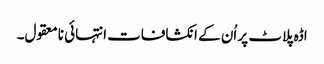
اڈہ پلاٹ پر اُن کے انکشافات انتہائی نامعقول۔